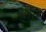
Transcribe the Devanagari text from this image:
श्रॊत